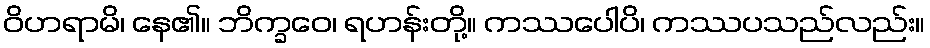
ဝိဟရာမိ၊ နေ၏။ ဘိက္ခဝေ၊ ရဟန်းတို့။ ကဿပေါပိ၊ ကဿပသည်လည်း။